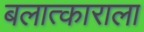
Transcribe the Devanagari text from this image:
बलात्‍काराला